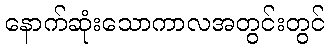
နောက်ဆုံးသောကာလအတွင်းတွင်